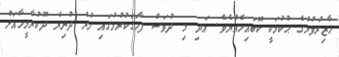
ޙާޒިރުވުމުގެ ޙުކުމަކީ ކޮބައިހެއްޔެވެ. އަދި މި ދުވަސް ފާހަގަކުރުމުގައި ހުރެ ދުނިޔެ ދޫކުރާމީހާއަށް